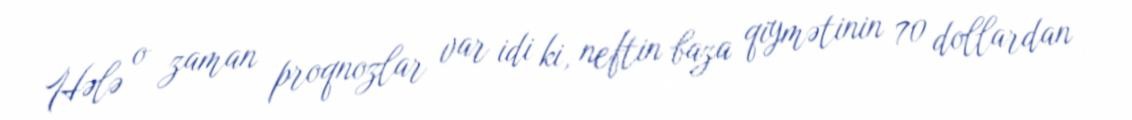
Hələ o zaman proqnozlar var idi ki, neftin baza qiymətinin 70 dollardan